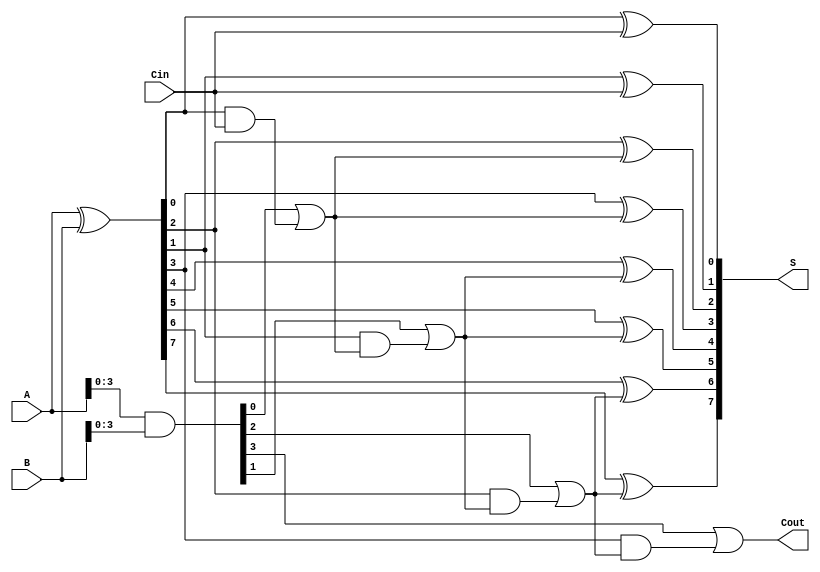
module CSPA #(parameter N = 8) (
    input [N-1:0] A,
    input [N-1:0] B,
    input Cin,
    output [N-1:0] S,
    output Cout
);

// Internal signals for generate and propagate
wire [N-1:0] G, P;
wire [N:0] C; // Carry signals

// Generate and propagate signals
assign G = A & B; // Generate
assign P = A ^ B; // Propagate

// Carry signals calculation
assign C[0] = Cin; // Initial carry-in

// Carry calculation for segments (2-bit segments in this example)
genvar i;
generate
    for (i = 0; i < N/2; i = i + 1) begin: carry_logic
        // Calculate carry for the segment
        assign C[2*i + 1] = G[2*i] | (P[2*i] & C[2*i]);
        assign C[2*i + 2] = G[2*i + 1] | (P[2*i + 1] & C[2*i + 1]);
    end
endgenerate

// Sum calculation using selected carry
generate
    for (i = 0; i < N; i = i + 1) begin: sum_logic
        assign S[i] = P[i] ^ C[i/2];
    end
endgenerate

// Final carry out
assign Cout = C[N/2];

endmodule